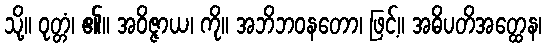
သို့။ ဝုတ္တံ၊ ၏။ အဝိဇ္ဇာယ၊ ကို။ အဘိဘဝနတော၊ ဖြင့်။ အဓိပတိအတ္ထေန၊